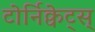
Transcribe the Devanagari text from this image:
टोर्निक्वेट्स्